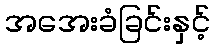
အအေးခံခြင်းနှင့်